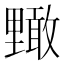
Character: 𮡜